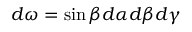
d \omega = \sin \beta d \alpha d \beta d \gamma